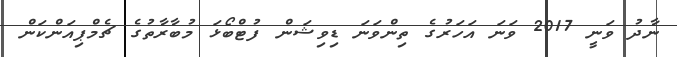
ނާދު ވަނީ 2017 ވަނަ އަހަރުގެ ތިންވަނަ ޑިވިޝަން ފުޓްބޯޅަ މުބާރާތުގެ ޗެމްޕިއަންކަން